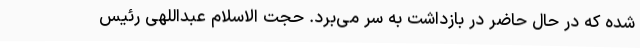
شده که در حال حاضر در بازداشت به سر می‌برد. حجت الاسلام عبداللهی رئیس